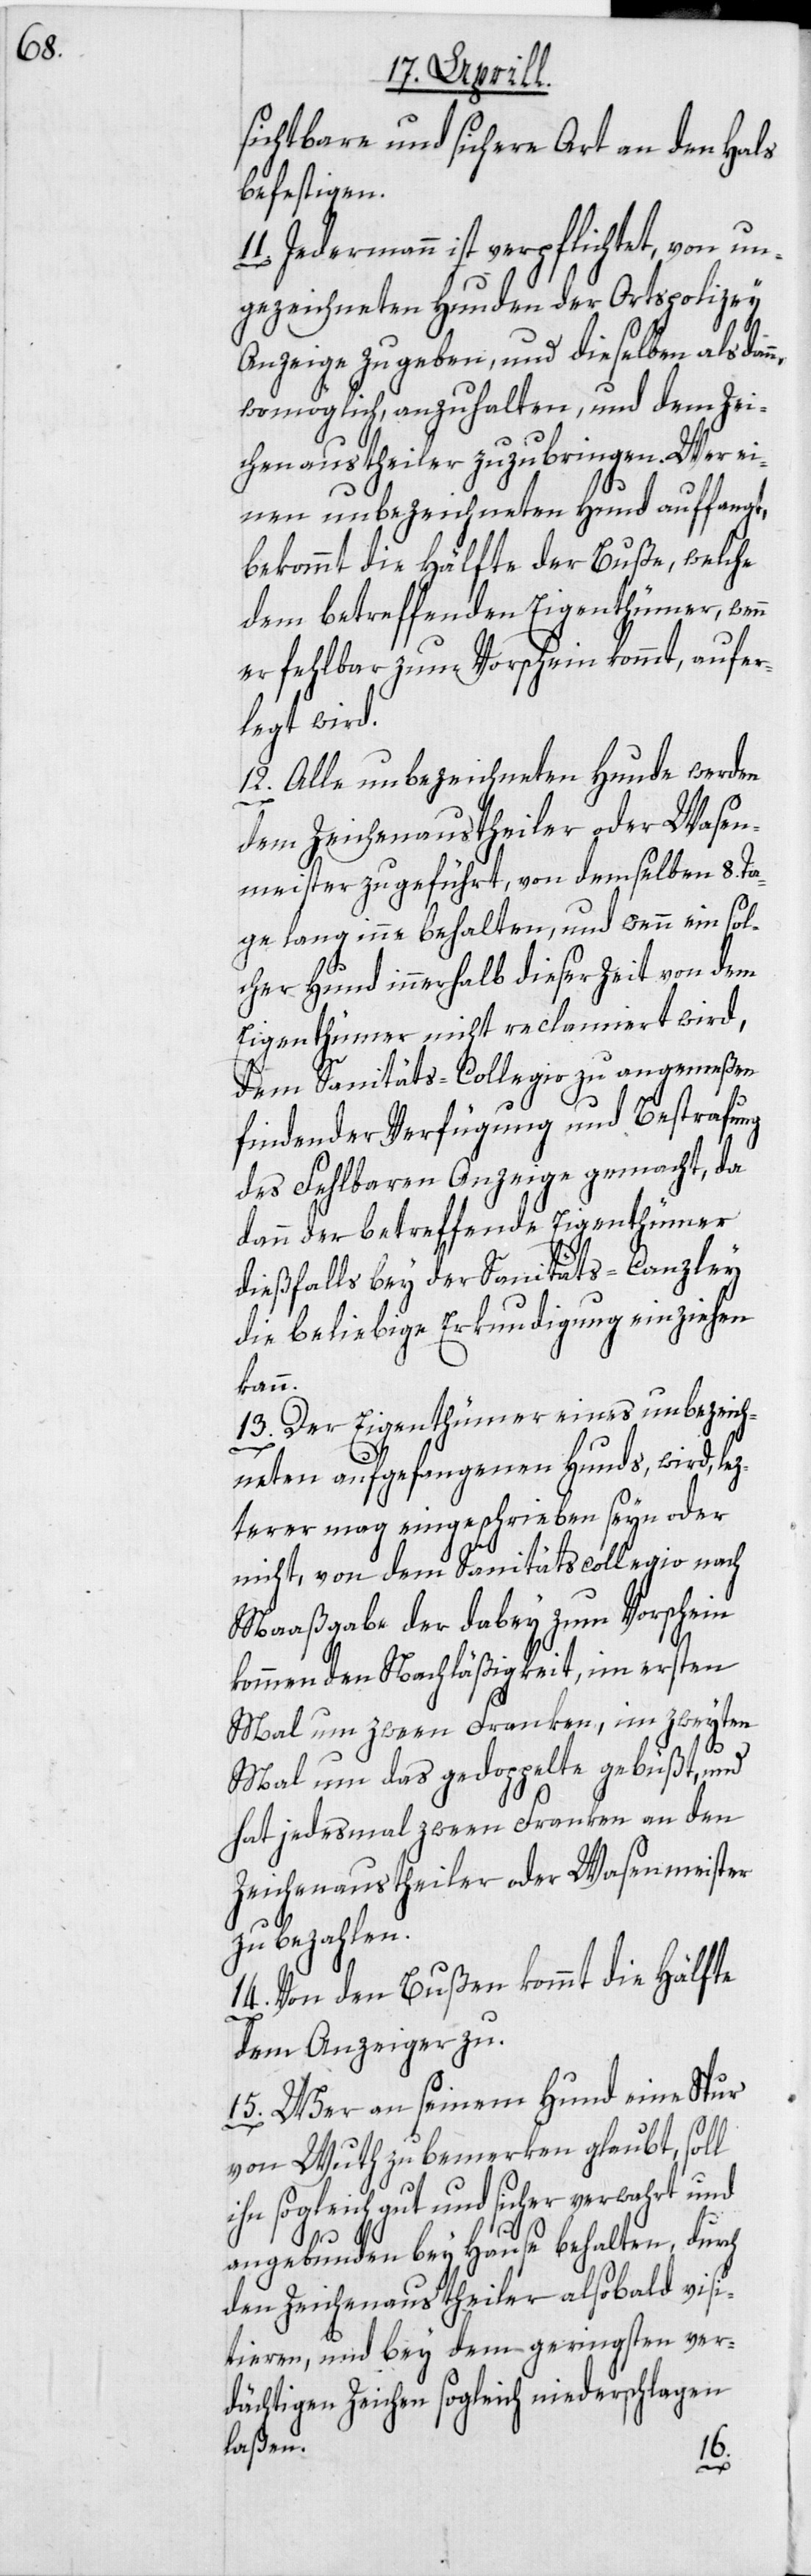
sichtbare und sichere Art an den Hals
befestigen.
11. Jedermann ist verpflichtet, von un¬
gezeichneten Hunden der Ortspolizey
Anzeige zu geben, und dieselben alsdan¬
womöglich, anzuhalten, und dem Zei¬
chenaustheiler zuzubringen. Wer ei¬
nen unbezeichneten Hund auffangt,
bekommt die Hälfte der Buße, welche
dem betreffenden Eigenthümer, wen¬
er fehlbar zum Vorschein kommt, aufer¬
legt wird.
12. Alle unbezeichneten Hunde werden
dem Zeichenaustheiler oder Wasen¬
meister zugeführt, von demselben 8. Ta¬
ge lang inne behalten, und wenn ein sol¬
cher Hund innerhalb dieser Zeit von dem
Eigenthümer nicht reclamiert wird,
dem Sanitäts-Collegio zu angemeßen
findender Verfügung und Bestrafung
des Fehlbaren Anzeige gemacht, da
dann der betreffende Eigenthümer
dießfalls bey der Sanitäts-Canzley
die beliebige Erkundigung einziehen
kann.
13. Der Eigenthümer eines unbezeich¬
neten aufgefangenen Hunds, wird, lez¬
terer mag eingeschrieben seyn oder
nicht, von dem Sanitätscollegio nach
Maaßgabe der dabey zum Vorschein
kommenden Nachläßigkeit, im ersten
Mal um zween Franken, im zweyten
Mal um das gedoppelte gebüßt, und
hat jedesmal zween Franken an den
Zeichenaustheiler oder Wasenmeister
zu bezahlen.
14. Von den Bußen kommt die Hälfte
dem Anzeiger zu.
15. Wer an seinem Hund eine Spur
von Wuth zu bemerken glaubt, soll
ihn sogleich gut und sicher verwahrt und
angebunden bey Hause behalten, durch
den Zeichenaustheiler alsobald visi¬
tieren, und bey dem geringsten ver¬
dächtigen Zeichen sogleich niederschlagen
laßen.
n